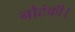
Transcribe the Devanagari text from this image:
नौटंकी।